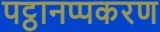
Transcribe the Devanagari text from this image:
पट्ठानप्पकरण